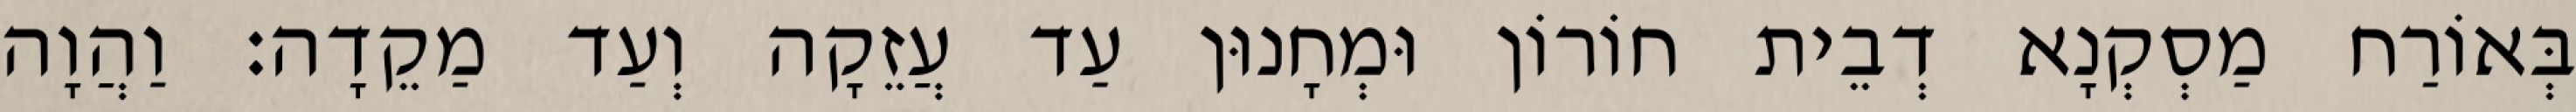
בְּאוֹרַח מַסְקְנָא דְבֵית חוֹרוֹן וּמְחָנוּן עַד עֲזֵקָה וְעַד מַקֵדָה׃ וַהֲוָה